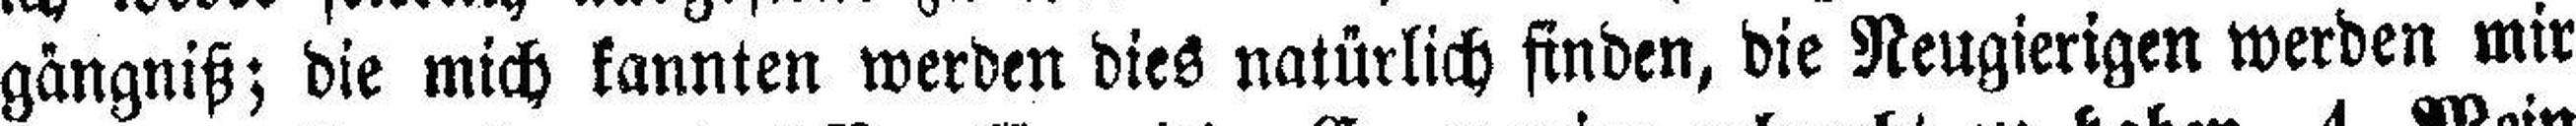
gängniß; die mich kannten werden dies natürlich finden, die Neugierigen werden mir